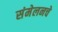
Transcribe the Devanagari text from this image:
संमेलनचे